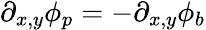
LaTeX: \begin{array}{r}{\partial_{x,y}\phi_{p}=-\partial_{x,y}\phi_{b}}\end{array}